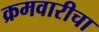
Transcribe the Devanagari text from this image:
क्रमवारीचा